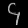
Digit: ၄